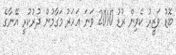
ބޮޑު ވަޒީރު ކެވިން ރުޑު 2010 ވަނަ އަހަރު މަގާމުން ދުރުކުރީ އޭނާގެ